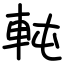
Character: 軘